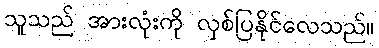
သူသည် အားလုံးကို လှစ်ပြနိုင်လေသည်။